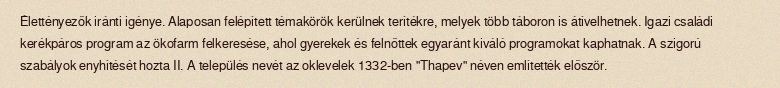
Élettényezők iránti igénye. Alaposan felépített témakörök kerülnek terítékre, melyek több táboron is átívelhetnek. Igazi családi kerékpáros program az ökofarm felkeresése, ahol gyerekek és felnőttek egyaránt kiváló programokat kaphatnak. A szigorú szabályok enyhítését hozta II. A település nevét az oklevelek 1332-ben "Thapev" néven említették először.